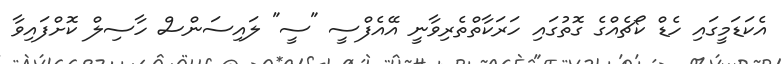
އެކަޑަމީގައި ހެޑް ކޯޗެއްގެ ގޮތުގައި ހަރަކާތްތެރިވާނީ އޭއެފްސީ "ސީ" ލައިސަންސް ހާސިލް ކޮށްފައިވާ